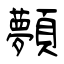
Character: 顭